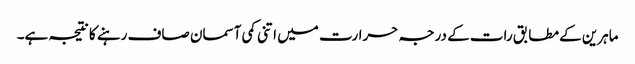
ماہرین کے مطابق رات کے درجہ حرارت میں اتنی کمی آسمان صاف رہنے کا نتیجہ ہے۔